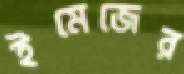
ইমেজের